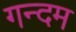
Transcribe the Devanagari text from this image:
गन्दम